Annual statistical returns and brief notes on vaccination in Bengal - 1887-1898
Year: 1887
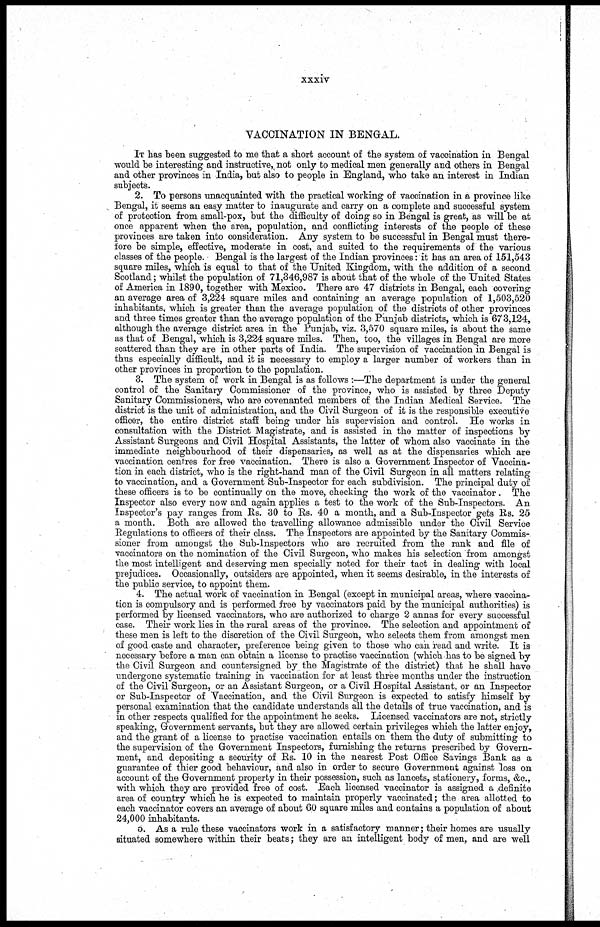
xxxiv
VACCINATION IN BENGAL.
IT has been suggested to me that a short account of the system of vaccination in Bengal
would be interesting and instructive, not only to medical men generally and others in Bengal
and other provinces in India, but also to people in England, who take an interest in Indian
subjects.
2. To persons unacquainted with the practical working of vaccination in a province like
Bengal, it seems an easy matter to inaugurate and carry on a complete and successful system
of protection from small-pox, but the difficulty of doing so in Bengal is great, as will be at
once apparent when the area, population, and conflicting interests of the people of these
provinces are taken into consideration. Any system to be successful in Bengal must there-
fore be simple, effective, moderate in cost, and suited to the requirements of the various
classes of the people. Bengal is the largest of the Indian provinces: it has an area of 151,543
square miles, which is equal to that of the United Kingdom, with the addition of a second
Scotland; whilst the population of 71,346,987 is about that of the whole of the United States
of America in 1890, together with Mexico. There are 47 districts in Bengal, each covering
an average area of 3,224 square miles and containing an average population of 1,503,520
inhabitants, which is greater than the average population of the districts of other provinces
and three times greater than the average population of the Punjab districts, which is 673,124,
although the average district area in the Punjab, viz. 3,570 square miles, is about the same
as that of Bengal, which is 3,224 square miles. Then, too, the villages in Bengal are more
scattered than they are in other parts of India. The supervision of vaccination in Bengal is
thus especially difficult, and it is necessary to employ a larger number of workers than in
other provinces in proportion to the population.
3. The system of work in Bengal is as follows :—The department is under the general
control of the Sanitary Commissioner of the province, who is assisted by three Deputy
Sanitary Commissioners, who are covenanted members of the Indian Medical Service. The
district is the unit of administration, and the Civil Surgeon of it is the responsible executive
officer, the entire district staff being under his supervision and control. He works in
consultation with the District Magistrate, and is assisted in the matter of inspections by
Assistant Surgeons and Civil Hospital Assistants, the latter of whom also vaccinate in the
immediate neighbourhood of their dispensaries, as well as at the dispensaries which are
vaccination centres for free vaccination. There is also a Government Inspector of Vaccina-
tion in each district, who is the right-hand man of the Civil Surgeon in all matters relating
to vaccination, and a Government Sub-Inspector for each subdivision. The principal duty of
these officers is to be continually on the move, checking the work of the vaccinator. The
Inspector also every now and again applies a test to the work of the Sub-Inspectors. An
Inspector's pay ranges from Rs. 30 to Rs. 40 a month, and a Sub-Inspector gets Rs. 25
a month. Both are allowed the travelling allowance admissible under the Civil Service
Regulations to officers of their class. The Inspectors are appointed by the Sanitary Commis-
sioner from amongst the Sub-Inspectors who are recruited from the rank and file of
vaccinators on the nomination of the Civil Surgeon, who makes his selection from amongst
the most intelligent and deserving men specially noted for their tact in dealing with local
prejudices. Occasionally, outsiders are appointed, when it seems desirable, in the interests of
the public service, to appoint them.
4. The actual work of vaccination in Bengal (except in municipal areas, where vaccina-
tion is compulsory and is performed free by vaccinators paid by the municipal authorities) is
performed by licensed vaccinators, who are authorized to charge 2 annas for every successful
case. Their work lies in the rural areas of the province. The selection and appointment of
these men is left to the discretion of the Civil Surgeon, who selects them from amongst men
of good caste and character, preference being given to those who can read and write. It is
necessary before a man can obtain a license to practise vaccination (which has to be signed by
the Civil Surgeon and countersigned by the Magistrate of the district) that he shall have
undergone systematic training in vaccination for at least three months under the instruction
of the Civil Surgeon, or an Assistant Surgeon, or a Civil Hospital Assistant, or an Inspector
or Sub-Inspector of Vaccination, and the Civil Surgeon is expected to satisfy himself by
personal examination that the candidate understands all the details of true vaccination, and is
in other respects qualified for the appointment he seeks. Licensed vaccinators are not, strictly
speaking, Government servants, but they are allowed certain privileges which the latter enjoy,
and the grant of a license to practise vaccination entails on them the duty of submitting to
the supervision of the Government Inspectors, furnishing the returns prescribed by Govern-
ment, and depositing a security of Rs. 10 in the nearest Post Office Savings Bank as a
guarantee of thier good behaviour, and also in order to secure Government against loss on
account of the Government property in their possession, such as lancets, stationery, forms, &c.,
with which they are provided free of cost. Each licensed vaccinator is assigned a definite
area of country which he is expected to maintain properly vaccinated; the area allotted to
each vaccinator covers an average of about 60 square miles and contains a population of about
24,000 inhabitants.
5. As a rule these vaccinators work in a satisfactory manner; their homes are usually
situated somewhere within their beats; they are an intelligent body of men, and are well